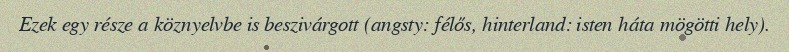
Ezek egy része a köznyelvbe is beszivárgott (angsty: félős, hinterland: isten háta mögötti hely).